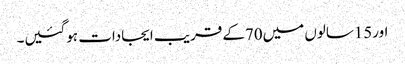
اور15سالوں میں70کے قریب ایجادات ہوگئیں۔